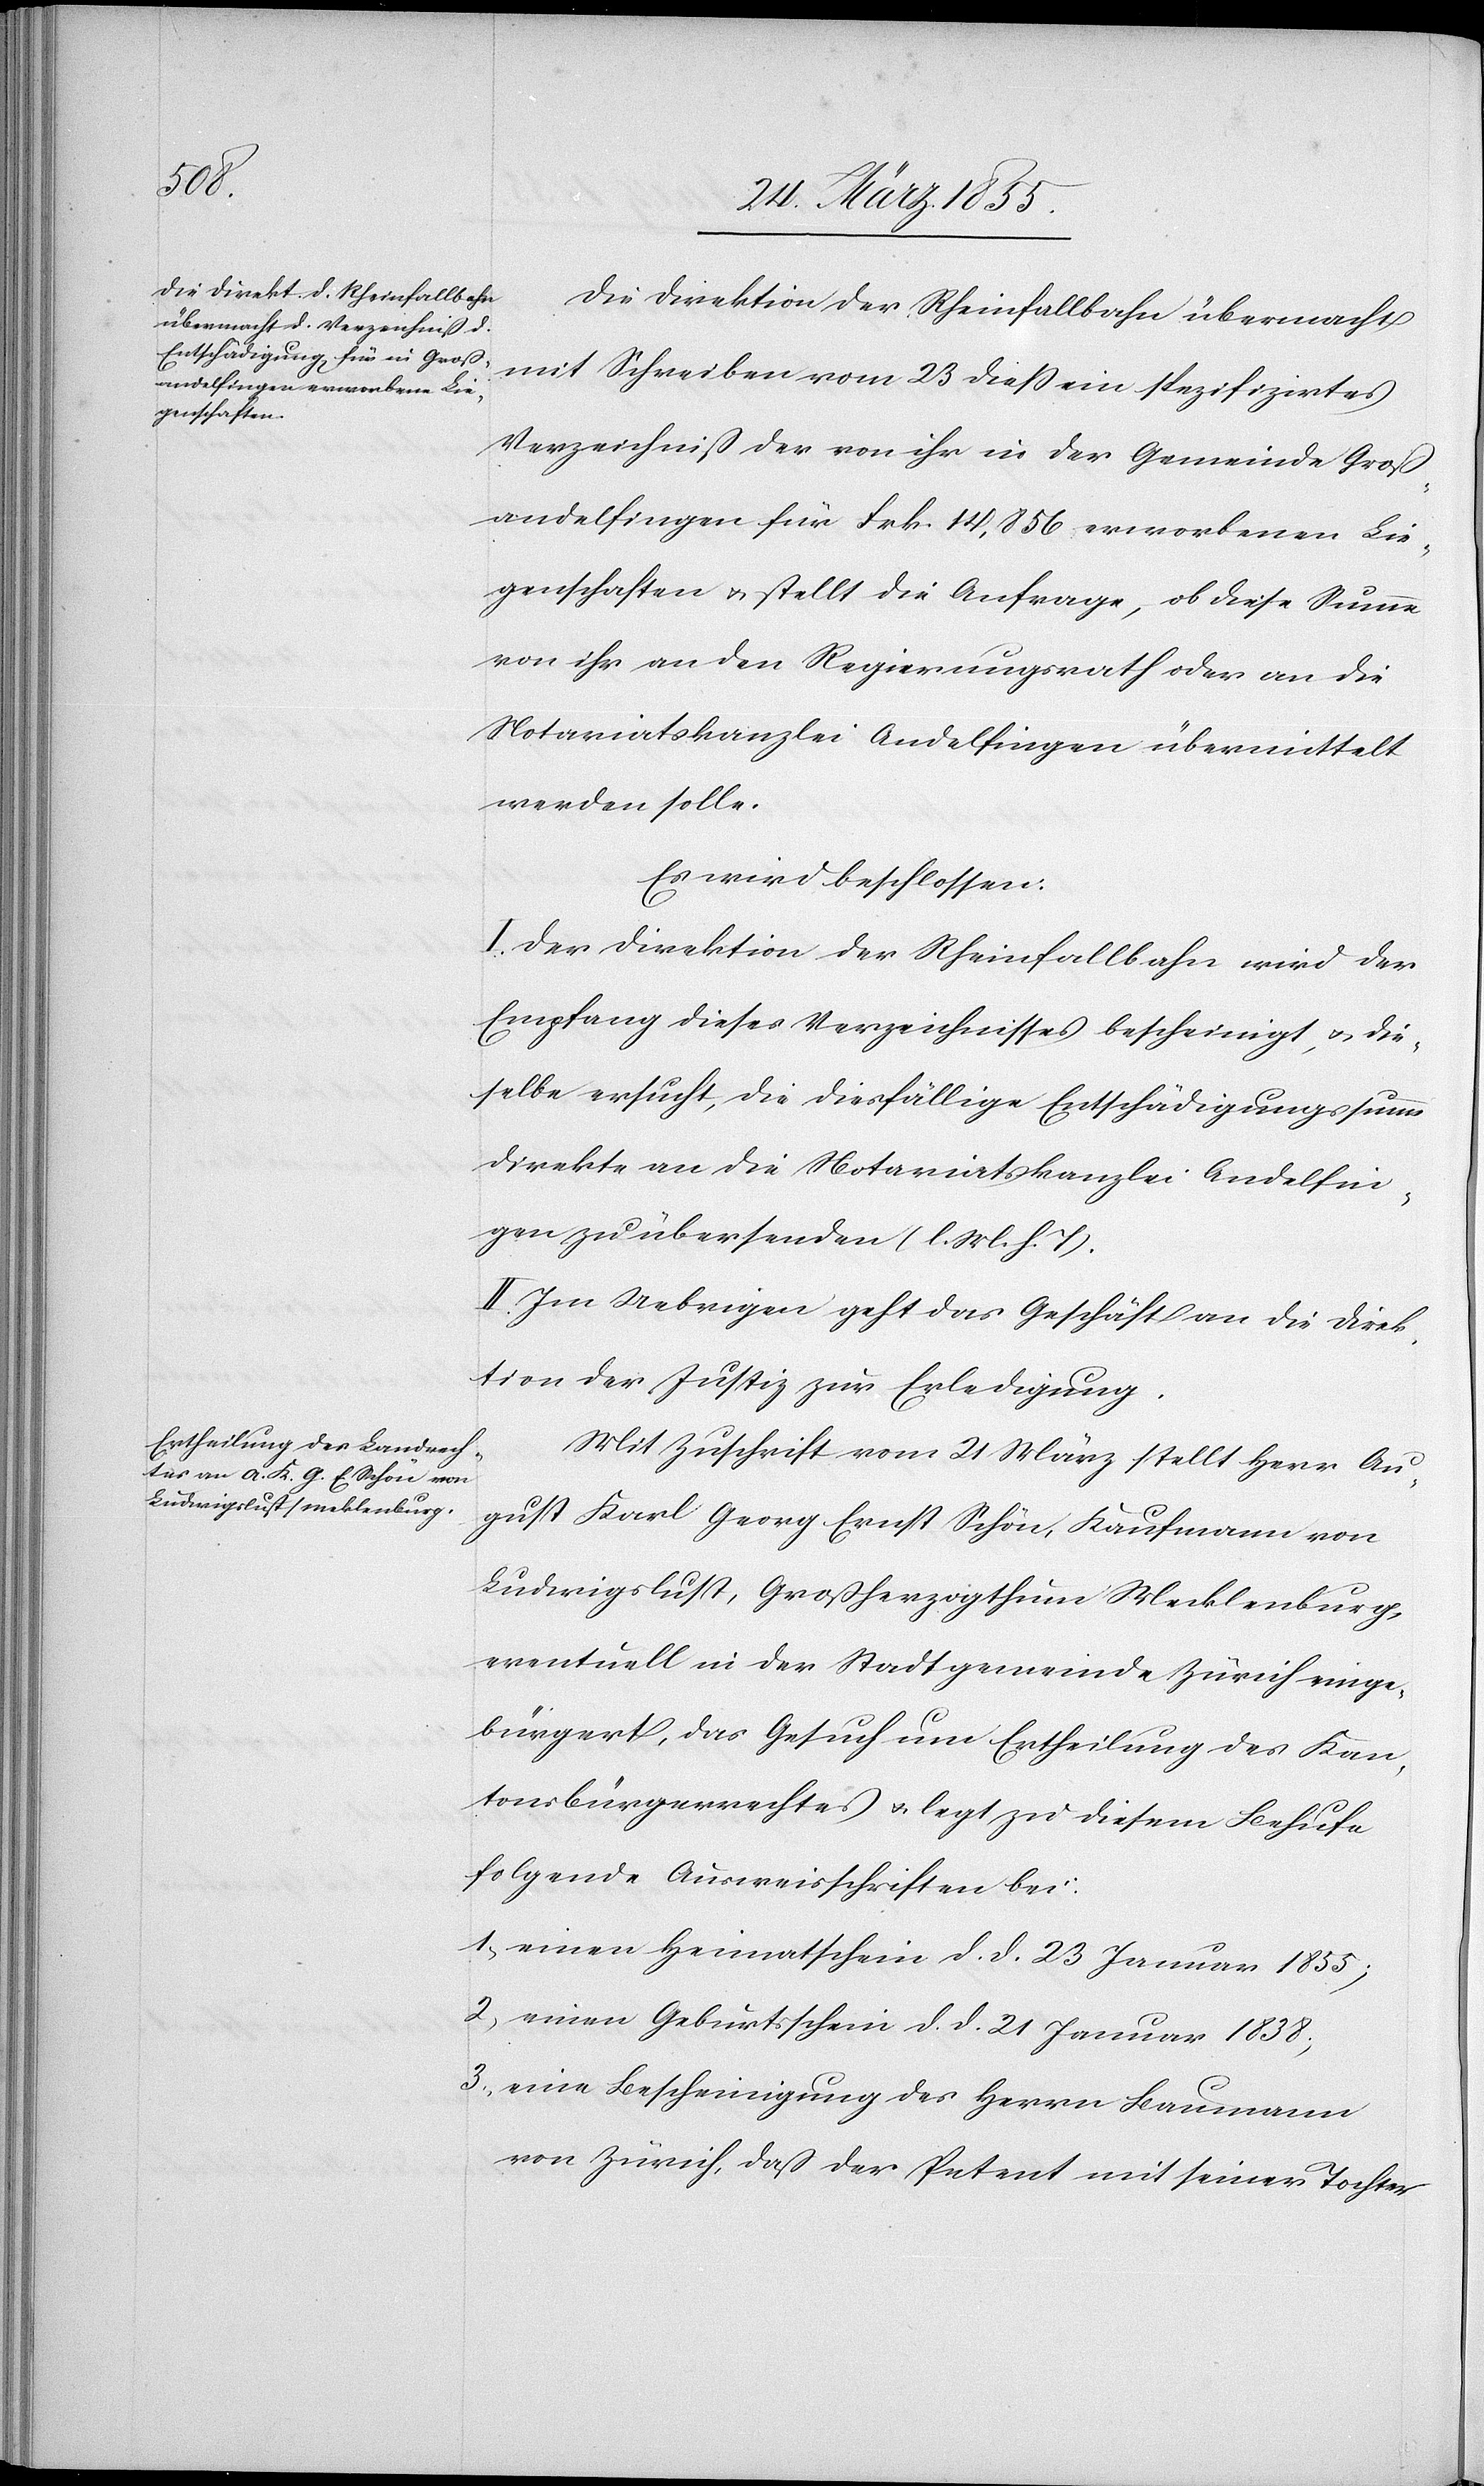
Die Direktion der Rheinfallbahn übermacht
mit Schreiben vom 23 dieß ein spezifizirtes
Verzeichniß der von ihr in der Gemeinde Groß¬
andelfingen für Frk. 14,856 erworbenen Lie¬
genschaften & stellt die Anfrage, ob diese Summe
von ihr an den Regierungsrath oder an die
Notariatskanzlei Andelfingen übermittelt
werden solle.
Es wird beschlossen:
I. Der Direktion der Rheinfallbahn wird der
Empfang dieses Verzeichnisses bescheinigt, & die¬
selbe ersucht, die diesfällige Entschädigungssumme
direkte an die Notariatskanzlei Andelfin¬
gen zu übersenden (l. M. h. T).
II. Im Uebrigen geht das Geschäft an die Direk¬
tion der Justiz zur Erledigung.
Mit Zuschrift vom 21 März stellt Herr Au¬
gust Karl Georg Ernst Schön, Kaufmann von
Ludwigslust, Großherzogthum Mecklenburg,
eventuell in der Stadtgemeinde Zürich einge¬
bürgert, das Gesuch um Ertheilung des Kan¬
tonsbürgerrechtes & legt zu diesem Behufe
folgende Ausweisschriften bei:
einen Heimatschein d. d. 23 Januar 1855;
einen Geburtsschein d. d. 21 Januar 1838;
eine Bescheinigung des Herrn Baumann
von Zürich, daß der Petent mit seiner Tochter